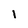
Character: l